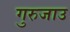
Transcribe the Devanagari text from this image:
गुरुजाउ